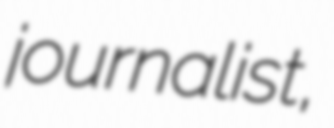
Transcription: journalist,